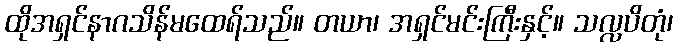
ထိုအရှင်နာဂသိန်မထေရ်သည်။ တယာ၊ အရှင်မင်းကြီးနှင့်။ သလ္လပိတုံ၊